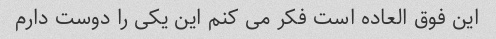
این فوق العاده است فکر می کنم این یکی را دوست دارم